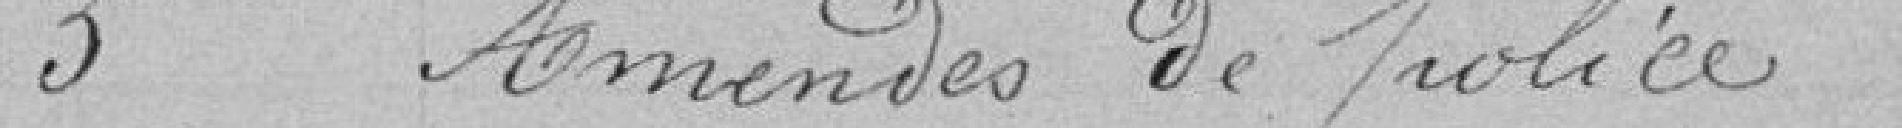
3 Amendes de police